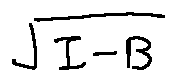
\sqrt { I - B }